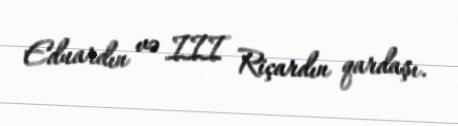
Eduardın və III Riçardın qardaşı.